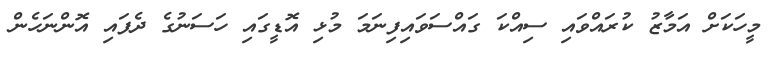
މީހަކަށް އަމާޒު ކުރައްވައި ސިއްކަ ގައްސަވައިފިނަމަ މުޅި އޮޑީގައި ހަސަނުގެ ދެފައި އޮންނަހެން